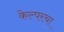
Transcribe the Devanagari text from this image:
केल्परचा